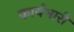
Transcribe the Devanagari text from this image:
कार्यभारी